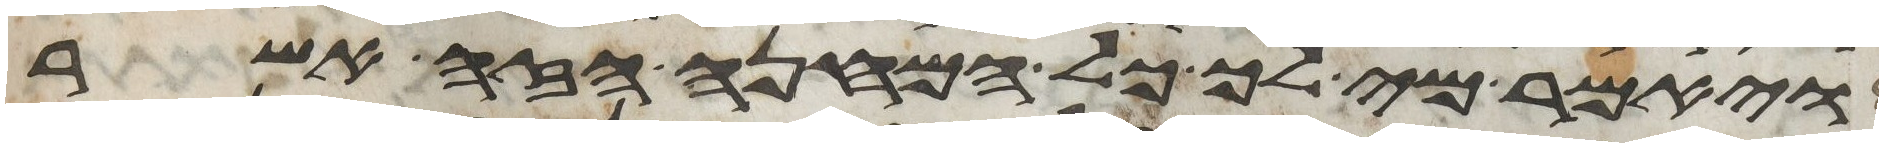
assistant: ויאמר מי לך כל המחנה הזה אשר